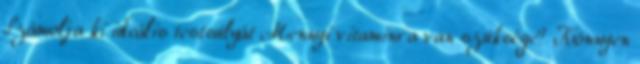
Számolja ki ideális testsúlyát Mennyi vitaminra van szüksége? Könnyen